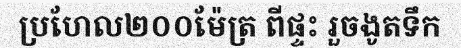
ប្រហែល២០០ម៉ែត្រ ពីផ្ទះ រួចងូតទឹក